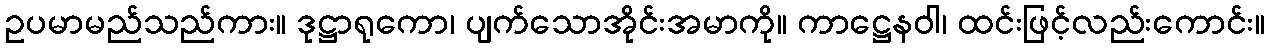
ဥပမာမည်သည်ကား။ ဒုဋ္ဌာရုကော၊ ပျက်သောအိုင်းအမာကို။ ကာဋ္ဌေနဝါ၊ ထင်းဖြင့်လည်းကောင်း။